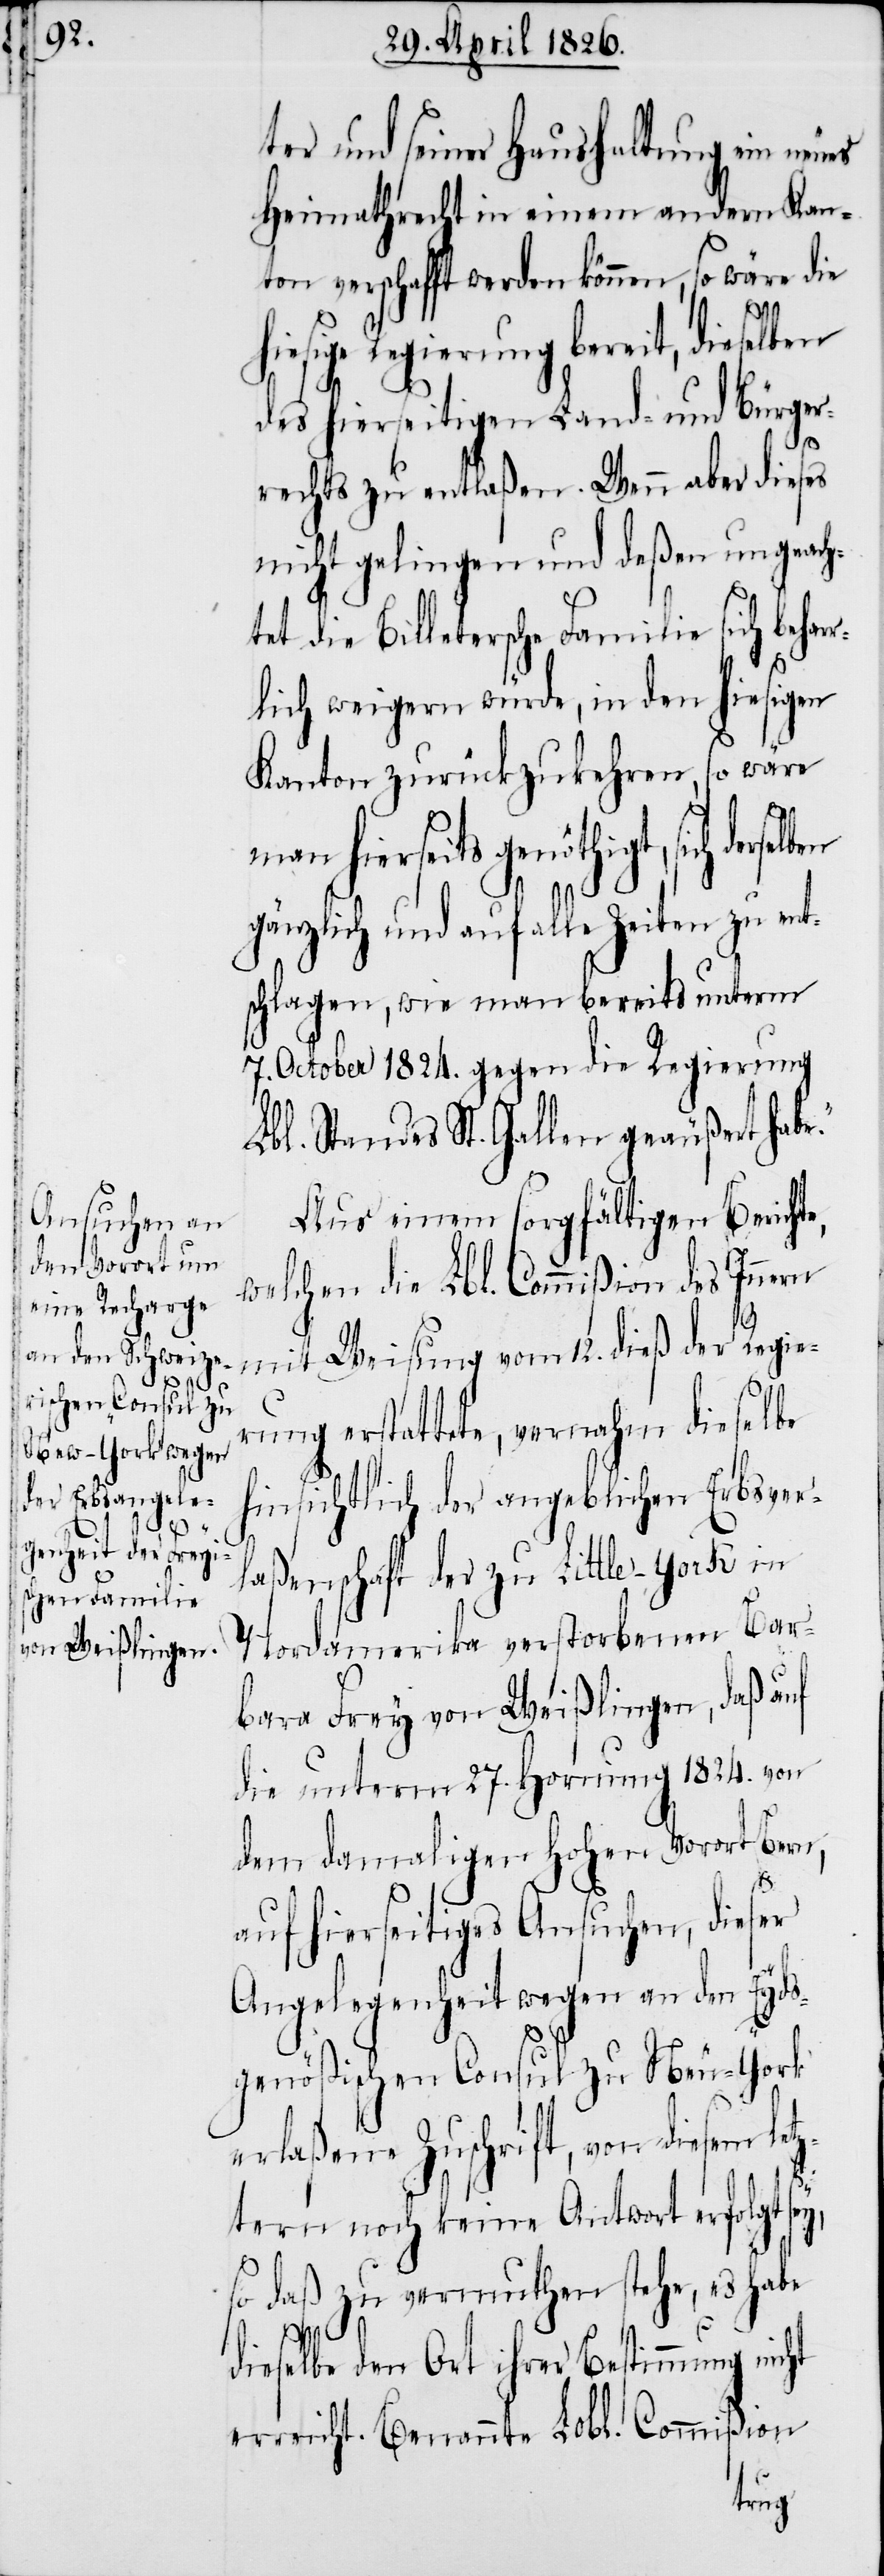
e.“

ter und seiner Haushaltung ein neues
Heimathsrecht in einem andern Kan¬
ton verschafft werden können, so wäre die
hiesige Regierung bereit, dieselben
des hierseitigen Land- und Bürger¬
rechts zu entlaßen. Wenn aber dieses
nicht gelingen und deßen ungeach¬
tet die Billetersche Familie sich behar¬
ht
rlich weigern würde, in den hiesigen
Kanton zurückzukehren, so wäre
man hierseits genöthigt, sich
gänzlich und auf alle Zeiten zu ent¬
schlagen, wie man bereits unterm
7. October 1824. gegen die Regierung
Lbl. Standes St. Gallen geäußert hab¬
Aus einem sorgfältigen Berichte,
welchen die Lbl. Commißion des Innern
mit Weisung vom 12. dieß der Regie¬
rung erstattete, vernahm dieselbe
hinsichtlich der angeblichen Erbsver¬
laßenschaft der zu Little-York in
Nordamerika verstorbenen Bar¬
bara Frey von Weißlingen, daß auf
die unterm 27. Hornung 1824. von
dem damaligen hohen Vorort Bern,
auf hierseitiges Ansuchen, dieser
Angelegenheit wegen an den Eyds¬
genößischen Consul zu Neu-York
erlaßene Zuschrift, von diesem le¬
tztern noch keine Antwort erfolgt sey,
so daß zu vermuthen stehe, es habe
dieselbe den Ort ihrer Bestimmung nic¬
erreicht. Benannte Lobl. Commißion